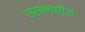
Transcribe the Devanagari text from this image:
उरणमधील